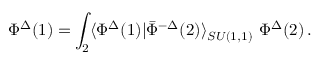
\Phi ^ { \Delta } ( 1 ) = \int _ { 2 } \langle \Phi ^ { \Delta } ( 1 ) | \bar { \Phi } ^ { - \Delta } ( 2 ) \rangle _ { S U ( 1 , 1 ) } \ \Phi ^ { \Delta } ( 2 ) \, .